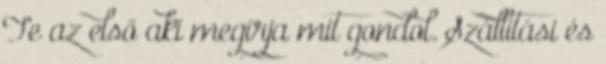
Te az első aki megírja mit gondol. Szállítási és